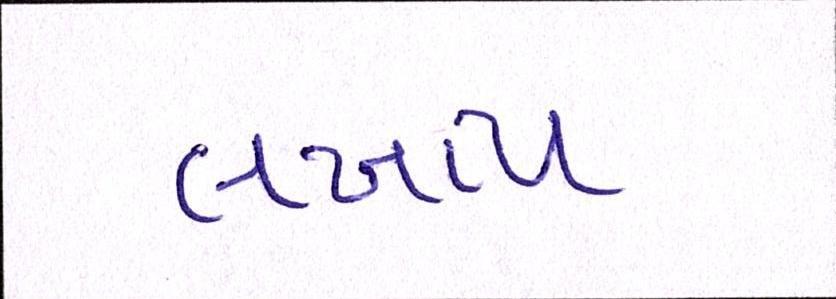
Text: લખાય